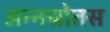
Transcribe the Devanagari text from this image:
अन्नस्रोतस